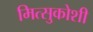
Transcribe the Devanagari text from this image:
मित्सुकोशी